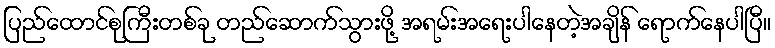
ပြည်ထောင်စုကြီးတစ်ခု တည်ဆောက်သွားဖို့ အရမ်းအရေးပါနေတဲ့အချိန် ရောက်နေပါပြီ။